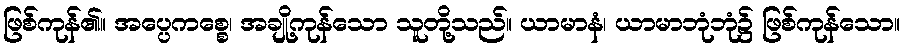
ဖြစ်ကုန်၏။ အပ္ပေကစ္စေ၊ အချို့ကုန်သော သူတို့သည်။ ယာမာနံ၊ ယာမာဘုံဘုံ၌ ဖြစ်ကုန်သော။